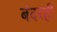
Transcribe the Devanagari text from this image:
बंदरही